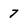
Character: 7